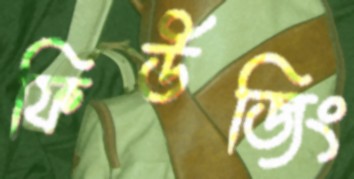
ফিউজিং